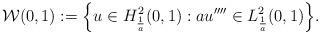
LaTeX: \begin{align*}\mathcal{W}(0,1):=\Bigl \{u\in H^2_{\frac{1}{a}}(0, 1):au''''\in L^2_{\frac{1}{a}}(0, 1)\Bigr \}.\end{align*}